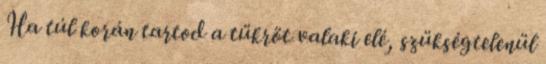
Ha túl korán tartod a tükröt valaki elé, szükségtelenül